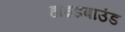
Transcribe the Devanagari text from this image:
हाइडबाउंड